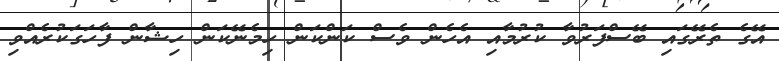
އޭގެ ތެރޭގައި ބޭސްފަރުވާ ކުރުމާއި އެހެން ވެސް ކަންކަން ހިމެނޭކަން ހިޝާން ފާހަގަކުރެއްވި